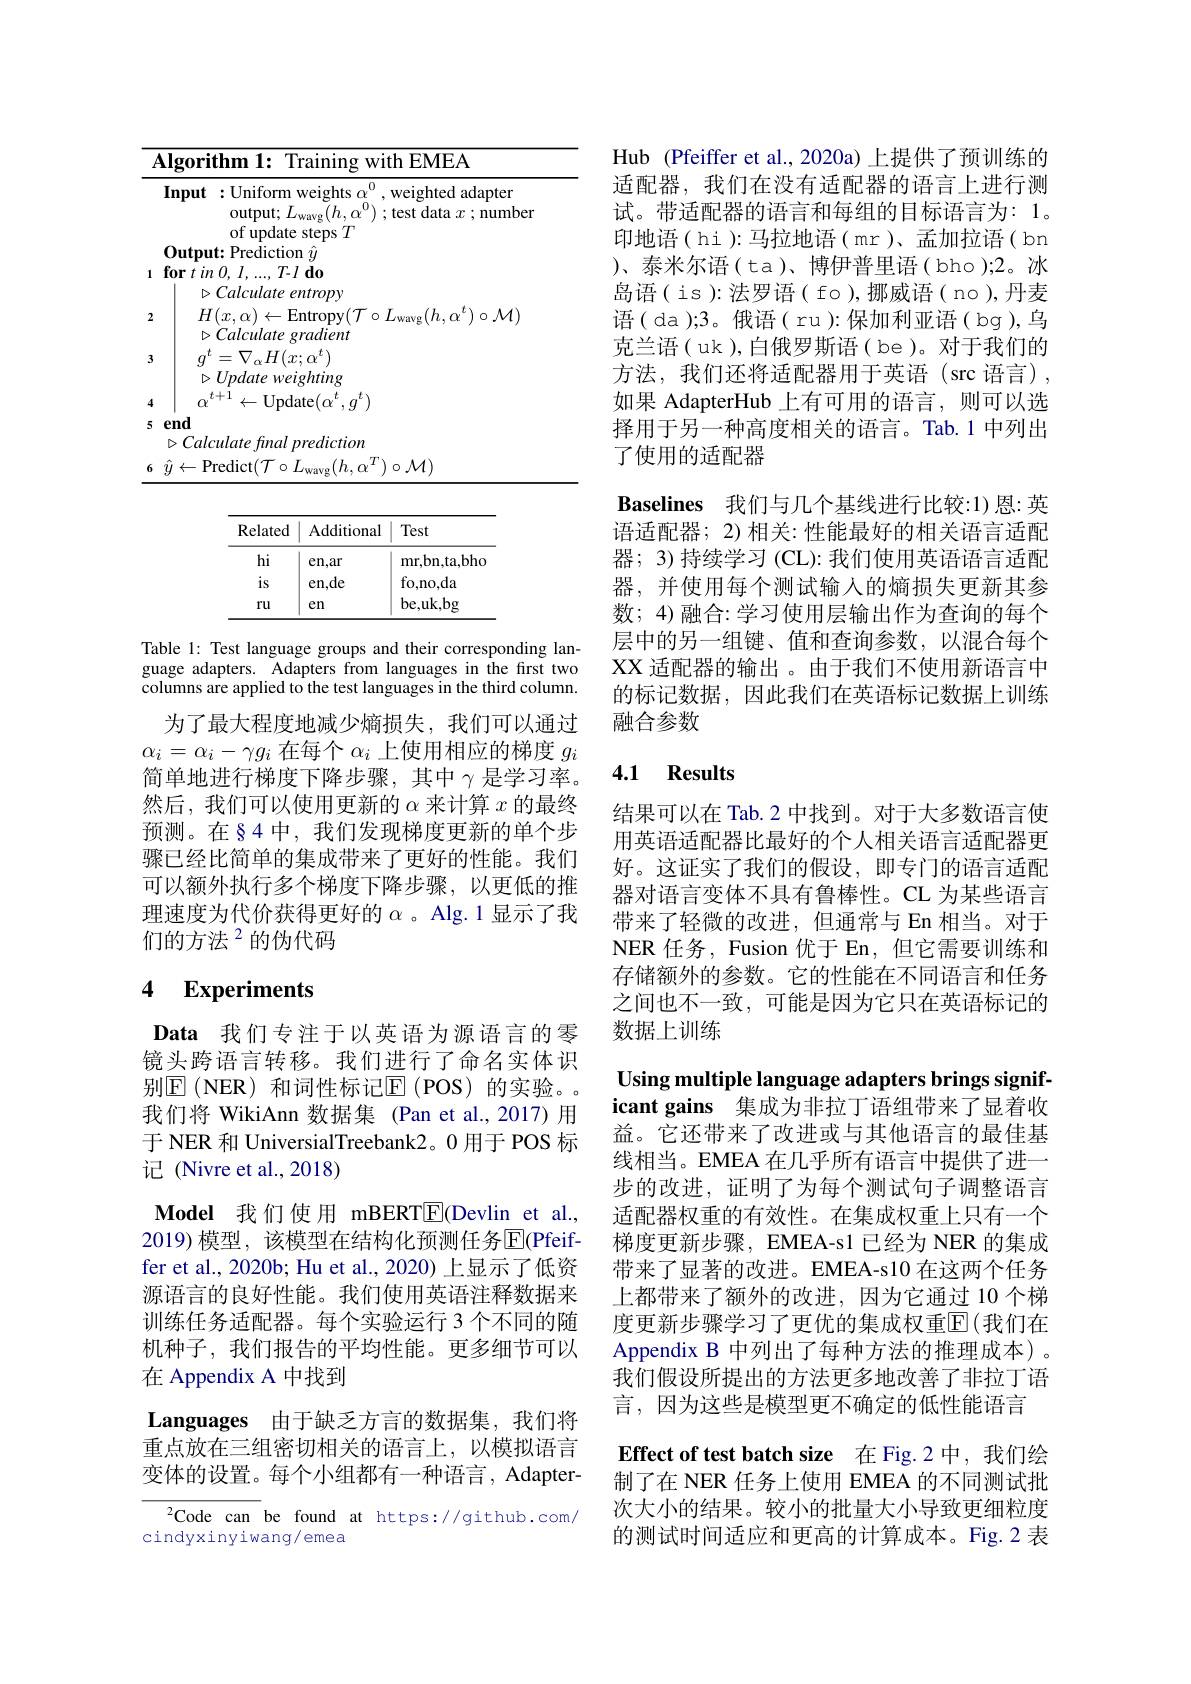
<table>
	<tbody>
		<tr>
			<th>1P</th>
			<th>rithm 1: Training with EMEA</th>
		</tr>
		<tr>
			<th> </th>
			<th>ut :Uniform weights $\alpha^0$,weighted adapter 0 output; $L_\mathrm{wavg}(h,\alpha^{0})$ ; test data $x$ ; number $|nta$ 7</th>
		</tr>
		<tr>
			<td>1</td>
			<td>upuate steps put: Prediction $\hat{y}$ $in\Omega$ $T- I$ $do$</td>
		</tr>
		<tr>
			<td> </td>
			<td>$\triangleright Calculate$ entropy</td>
		</tr>
		<tr>
			<td>2</td>
			<td>$H(x,\alpha)\leftarrow$Entropy$( \mathcal{T} \circ L_\mathrm{wavg}( h, \alpha ^{t}) \circ \mathcal{M} )$ $\triangleright Calculategradient$</td>
		</tr>
		<tr>
			<td>3</td>
			<td>MI $=\nabla_{\alpha}H(x;\alpha^{t})$ $\triangleright Updateweighting$</td>
		</tr>
		<tr>
			<td>4</td>
			<td>$\alpha$ $t+1$ $\leftarrow$Update$(\alpha^t,q^t$ $7^{\boldsymbol{L}}$</td>
		</tr>
		<tr>
			<td>5</td>
			<td>alculate final prediction</td>
		</tr>
		<tr>
			<td>6</td>
			<td>${\mathrm{Predict}}( \mathcal{T} \circ L_{\mathrm{wavo}}$ $_{\mathfrak{q}}(h,\alpha^{T})\circ\mathcal{M})$</td>
		</tr>
	</tbody>
</table>

<table>
	<tbody>
		<tr>
			<th>Related</th>
			<th>Additional</th>
			<th>Test</th>
		</tr>
		<tr>
			<td>hi</td>
			<td>en,ar</td>
			<td>r,bn,ta,bho mr,</td>
		</tr>
		<tr>
			<td>$is$</td>
			<td>en,de</td>
			<td>${\mathrm{fo,no,da}}$</td>
		</tr>
		<tr>
			<td>$ru$</td>
			<td>en</td>
			<td>be,uk,bg</td>
		</tr>
	</tbody>
</table>

Table 1: Test language groups and their corresponding language adapters. Adapters from languages in the first two columns are applied to the test languages in the third column.

为了最大程度地减少熵损失，我们可以通过$\alpha_i=\alpha_i-\gamma g_i$在每个$\alpha_i$上使用相应的梯度$g_i$ 简单地进行梯度下降步骤，其中$\gamma$是学习率。然后，我们可以使用更新的$\alpha$来计算$x$的最终预测。在§4中，我们发现梯度更新的单个步骤已经比简单的集成带来了更好的性能。我们可以额外执行多个梯度下降步骤，以更低的推理速度为代价获得更好的$\alpha$ 。Alg.1 显示了我们的方法$^{2}$的伪代码

# 4 Experiments

Data 我们专注于以英语为源语言的零镜头跨语言转移。我们进行了命名实体识别$\operatorname{E}($NER)和词性标记$\operatorname{E}($POS)的实验。我们将 WikiAnn 数据集 (Pan et al.,2017) 用于 NER 和 UniversialTreebank2。0 用于 POS 标记(Nivre et al.,2018)
$\textbf{Model 我 们 使 用 mBERTE( Devlin et al. , }$ 2019)模型，该模型在结构化预测任务$\overline{\mathrm{E}}($Pfeiffer et al., 2020b; Hu et al., 2020) 上显示了低资源语言的良好性能。我们使用英语注释数据来训练任务适配器。每个实验运行 3 个不同的随机种子，我们报告的平均性能。更多细节可以在 Appendix A 中找到
Languages 由于缺乏方言的数据集，我们将

重点放在三组密切相关的语言上，以模拟语言变体的设置。每个小组都有一种语言，Adapter-

$^2$Code can be found at https://github.com/
cindyxinyiwang/emea

Hub (Pfeiffer et al., 2020a) 上提供了预训练的适配器，我们在没有适配器的语言上进行测试。带适配器的语言和每组的目标语言为：1。印地语( hi ):马拉地语( mr)、孟加拉语( bn ) 、 泰 米 尔 语 ( ta) 、 博 伊 普 里 语 ( bho) ; 2。冰 岛语(is):法罗语(fo),挪威语(no),丹麦语( da );3。俄语( ru ):保加利亚语( bg),乌克兰语( uk ),白俄罗斯语( be )。对于我们的方法，我们还将适配器用于英语(src语言), 如果 AdapterHub 上有可用的语言，则可以选择用于另一种高度相关的语言。Tab.1 中列出了使用的适配器
Baselines 我们与几个基线进行比较：1)恩：英语适配器；2) 相关：性能最好的相关语言适配器；3) 持续学习 (CL): 我们使用英语语言适配器，并使用每个测试输入的熵损失更新其参数；4)融合：学习使用层输出作为查询的每个层中的另一组键、值和查询参数，以混合每个XX 适配器的输出。由于我们不使用新语言中的标记数据，因此我们在英语标记数据上训练融合参数

### 4.1 Results

结果可以在 Tab.2 中找到。对于大多数语言使用英语适配器比最好的个人相关语言适配器更好。这证实了我们的假设，即专门的语言适配器对语言变体不具有鲁棒性。CL 为某些语言带来了轻微的改进，但通常与 En 相当。对于NER 任务，Fusion 优于 En, 但它需要训练和存储额外的参数。它的性能在不同语言和任务之间也不一致，可能是因为它只在英语标记的数据上训练

Using multiple language adapters brings significant gains 集成为非拉丁语组带来了显着收益。它还带来了改进或与其他语言的最佳基线相当。EMEA 在几乎所有语言中提供了进一步的改进，证明了为每个测试句子调整语言适配器权重的有效性。在集成权重上只有一个梯度更新步骤，EMEA-s1 已经为 NER 的集成带来了显著的改进。EMEA-s10 在这两个任务上都带来了额外的改进，因为它通过 10 个梯度更新步骤学习了更优的集成权重$\mathbb{E}($我们在Appendix B 中列出了每种方法的推理成本)。我们假设所提出的方法更多地改善了非拉丁语言，因为这些是模型更不确定的低性能语言

Effect of test batch size 在 Fig.2 中，我们绘制了在 NER 任务上使用 EMEA 的不同测试批次大小的结果。较小的批量大小导致更细粒度的测试时间适应和更高的计算成本。Fig.2 表